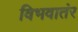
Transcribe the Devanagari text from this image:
विभवातंर